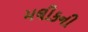
મલીકની